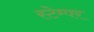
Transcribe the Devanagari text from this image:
स्टेम्पर